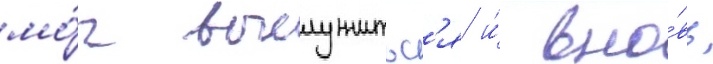
мо́г выслужитьс'я и́ вно́вь